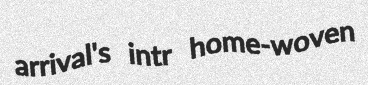
arrival's intr home-woven